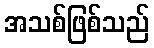
အသစ်ဖြစ်သည်